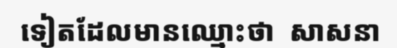
ទៀតដែលមានឈ្មោះថា  សាសនា